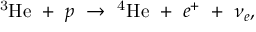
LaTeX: \mathrm { ^ 3 H e } ~ + ~ p ~ \rightarrow ~ \mathrm { ^ 4 H e } ~ + ~ e ^ { + } ~ + ~ \nu _ { e } ,